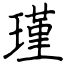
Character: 瑾